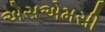
એસએમસી